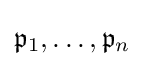
{\mathfrak {p}}_{1},\ldots ,{\mathfrak {p}}_{n}